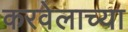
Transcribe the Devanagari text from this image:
करवेलाच्या